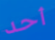
أحد